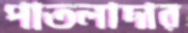
পাতলাদার